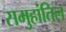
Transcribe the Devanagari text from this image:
समुहांतिल